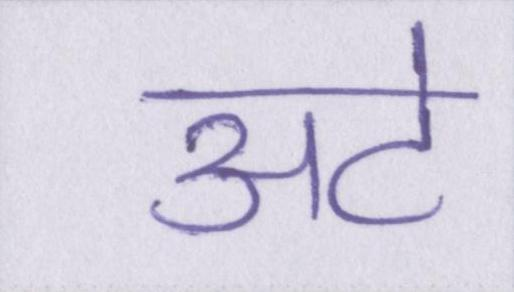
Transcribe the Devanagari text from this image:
अटे